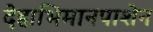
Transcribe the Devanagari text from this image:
देहाभिमानपाशेन